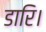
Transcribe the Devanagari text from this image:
डारि।